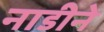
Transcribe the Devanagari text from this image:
नाडीने